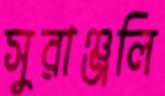
সুরাঞ্জলি